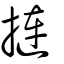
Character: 摙